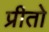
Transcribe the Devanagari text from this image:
प्रीतो